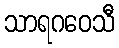
သာရဂဝေသီ